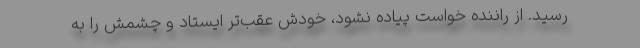
رسید. از راننده خواست پیاده نشود، خودش عقب‌تر ایستاد و چشمش را به